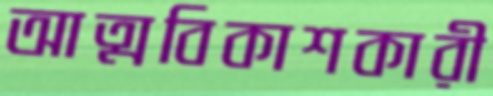
আত্মবিকাশকারী